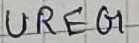
Text: UREG